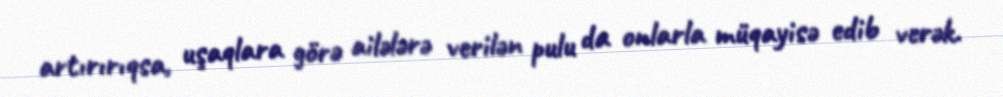
artırırıqsa, uşaqlara görə ailələrə verilən pulu da onlarla müqayisə edib verək.